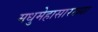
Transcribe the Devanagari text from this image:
मधुमेहासारख्या